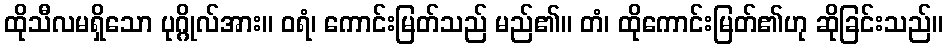
ထိုသီလမရှိသော ပုဂ္ဂိုလ်အား။ ဝရံ၊ ကောင်းမြတ်သည် မည်၏။ တံ၊ ထိုကောင်းမြတ်၏ဟု ဆိုခြင်းသည်။